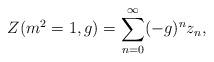
LaTeX: \begin{align*}Z(m^{2}=1,g)=\sum_{n=0}^{\infty}(-g)^{n}z_{n},\end{align*}